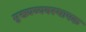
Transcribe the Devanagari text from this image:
मुख्यव्यवस्थापक